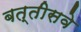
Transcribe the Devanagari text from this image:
बत्तीसवे